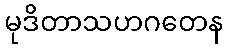
မုဒိတာသဟဂတေန